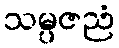
သမ္ပဇညံ